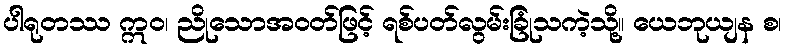
ပါရုတဿ ဣဝ၊ ညိုသောအဝတ်ဖြင့် ရစ်ပတ်လွမ်းခြုံသကဲ့သို့။ ယေဘုယျန စ၊